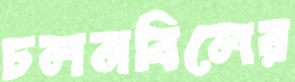
চলনবিলের